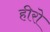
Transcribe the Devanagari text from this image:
हीरो